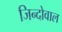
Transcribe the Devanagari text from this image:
जिन्दोवाल